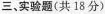
三、实验题(共18分)